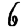
Digit: 6